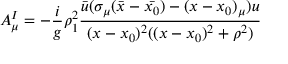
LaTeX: A _ { \mu } ^ { I } = - { \frac { i } { g } } \rho _ { 1 } ^ { 2 } { \frac { \bar { u } ( \sigma _ { \mu } ( \bar { x } - \bar { x _ { 0 } } ) - ( x - x _ { 0 } ) _ { \mu } ) u } { ( x - x _ { 0 } ) ^ { 2 } ( ( x - x _ { 0 } ) ^ { 2 } + \rho ^ { 2 } ) } }